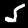
Label: 5